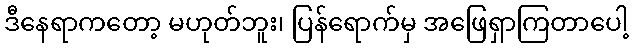
ဒီနေရာကတော့ မဟုတ်ဘူး၊ ပြန်ရောက်မှ အဖြေရှာကြတာပေါ့